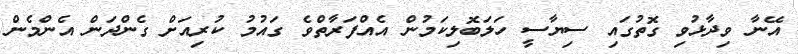
އޭނާ ވިދާޅުވި ގޮތުގައި ސިޔާސީ ހަލަބޮލިކަމުން އެއްފަރާތްވެ ގައުމު ކުރިއަށް ގެންދަން އެންމެން